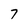
Character: 7